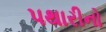
પથારીનો